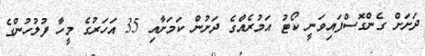
ދަށަށް ގެންގޮސްފައިވަނީ ކޯޓު އަމުރެއްގެ ދަށުން ކަމަށާއި 35 އަހަރުގެ މީހާ ފުލުހުންގެ